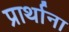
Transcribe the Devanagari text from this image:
प्रार्थाना